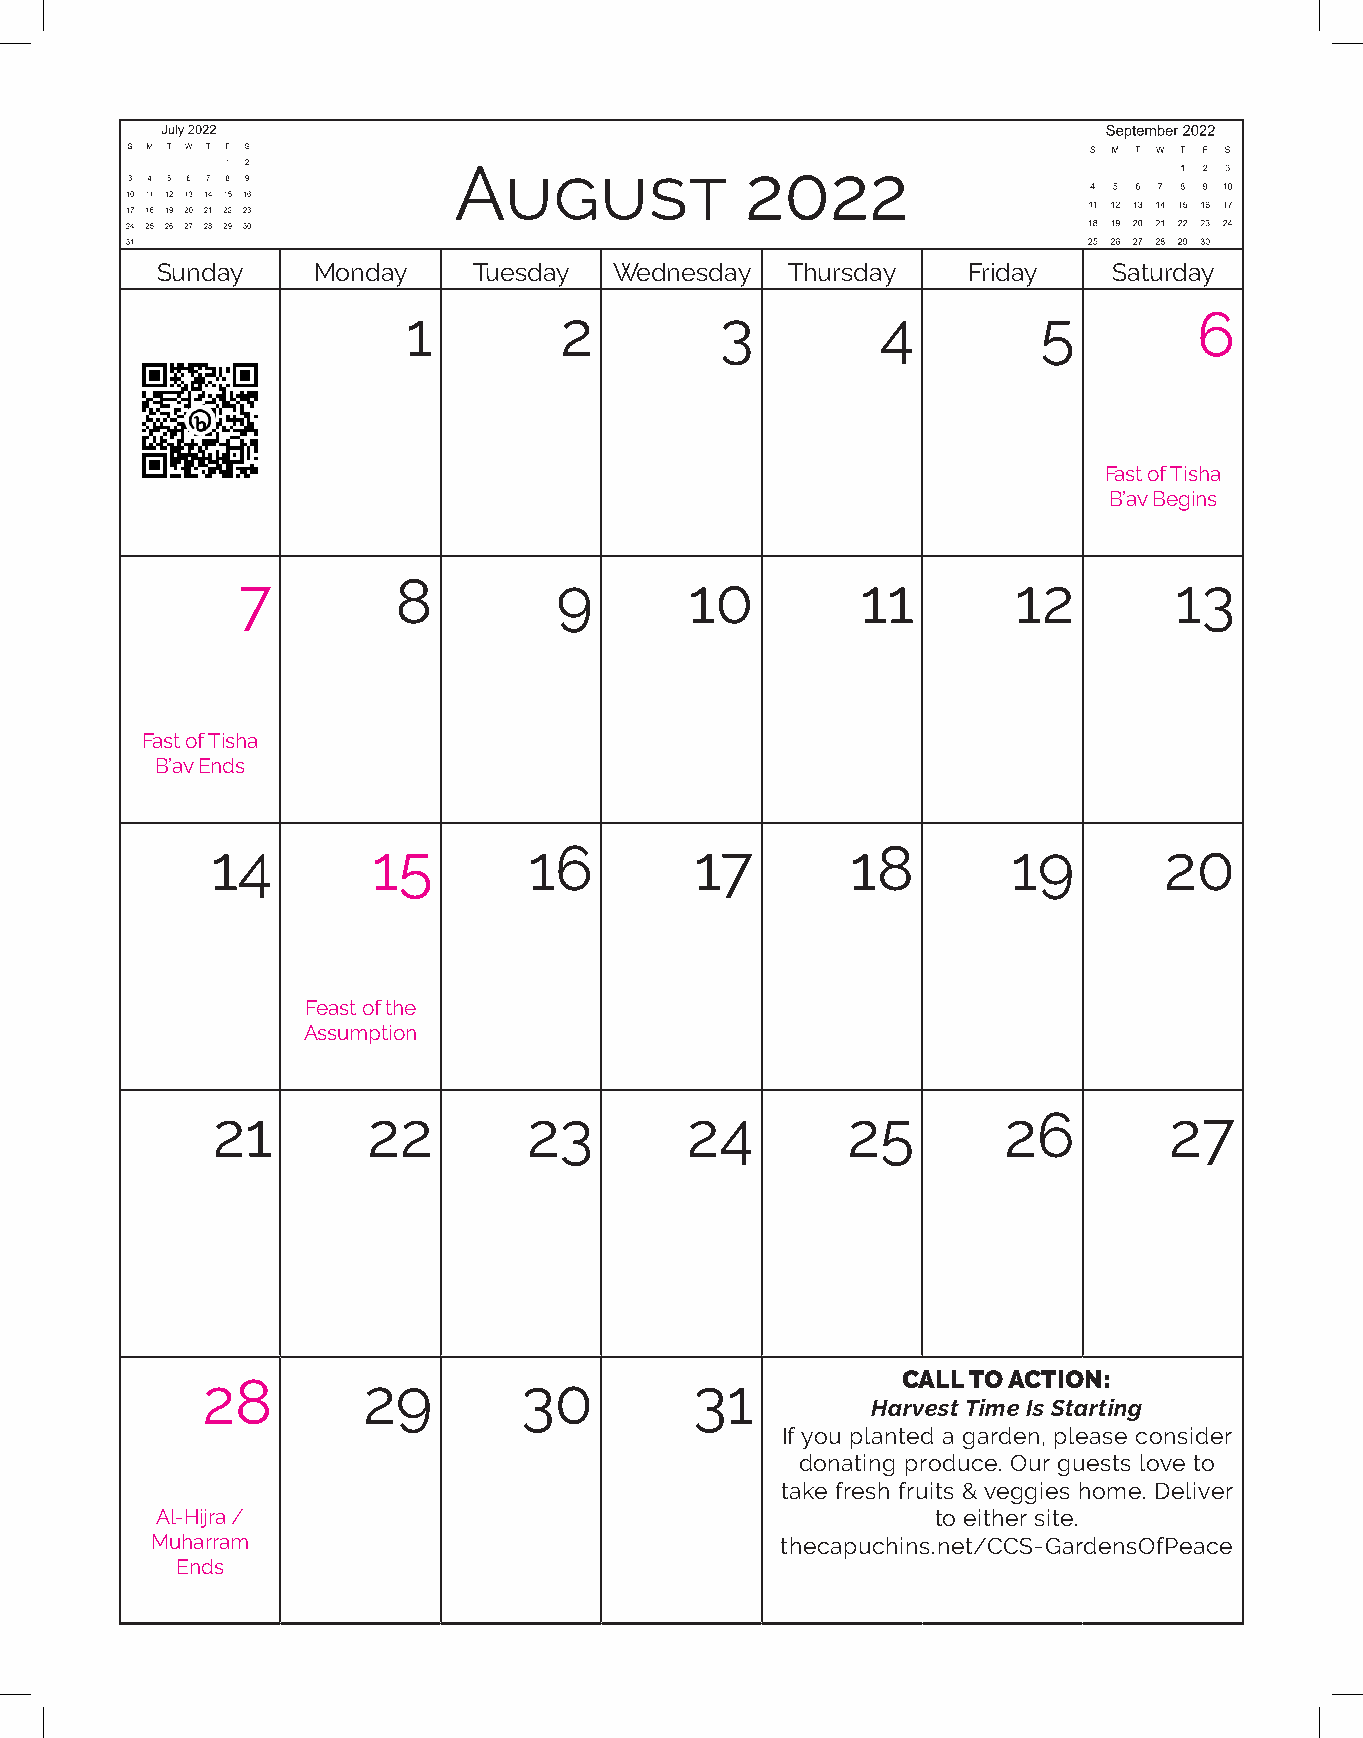
July 2020
 S M T W T F S
 1 2 3 4
 August             2022
 5 6 7 8 9 1011
 12131415161718
 19202122232425
 262728293031
 Sunday     Monday    Tuesday   Wednesday  Thursday    Friday    Saturday
 1         2          3         4          5         6
 Fast of Tisha
 B’av Begins
 7         8          9        10         11        12         13
 Fast of Tisha
 B’av Ends
 14         15        16         17        18         19        20
 Feast of the
 Assumption
 21        22         23        24         25        26         27
 28         29         30         31            CALL TO ACTION:
 Harvest Time Is Starting
 If you planted a garden, please consider
 donating produce. Our guests love to
 take fresh fruits & veggies home. Deliver
 Al-Hijra /                                          to either site.
 Muharram                                  thecapuchins.net/CCS-GardensOfPeace
 Ends